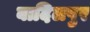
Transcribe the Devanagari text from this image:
बादिलपुर